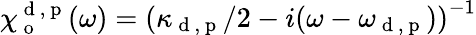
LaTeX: \chi_{\mathrm{~o~}}^{\mathrm{~d~,~p~}}(\omega)=\left(\kappa_{\mathrm{~d~,~p~}}/2-i(\omega-\omega_{\mathrm{~d~,~p~}})\right)^{-1}